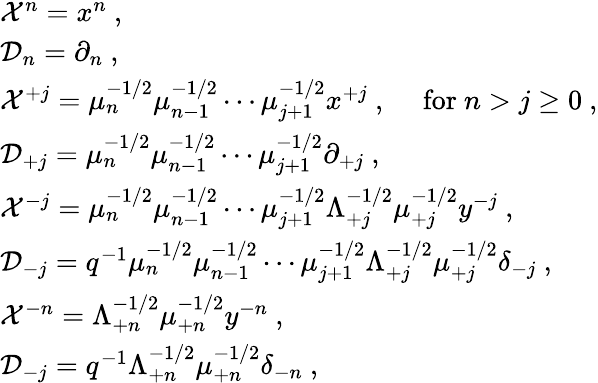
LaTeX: \begin{array}{l}{{{\cal X}^{n}=x^{n}~,}}\\ {{{\cal D}_{n}=\partial_{n}~,}}\\ {{{\cal X}^{+j}=\mu_{n}^{-1/2}\mu_{n-1}^{-1/2}\cdots\mu_{j+1}^{-1/2}x^{+j}~,~~~~~\mathrm{for}~n>j\geq 0~,}}\\ {{{\cal D}_{+j}=\mu_{n}^{-1/2}\mu_{n-1}^{-1/2}\cdots\mu_{j+1}^{-1/2}\partial_{+j}~,}}\\ {{{\cal X}^{-j}=\mu_{n}^{-1/2}\mu_{n-1}^{-1/2}\cdots\mu_{j+1}^{-1/2}\Lambda_{+j}^{-1/2}\mu_{+j}^{-1/2}y^{-j}~,}}\\ {{{\cal D}_{-j}=q^{-1}\mu_{n}^{-1/2}\mu_{n-1}^{-1/2}\cdots\mu_{j+1}^{-1/2}\Lambda_{+j}^{-1/2}\mu_{+j}^{-1/2}\delta_{-j}~,}}\\ {{{\cal X}^{-n}=\Lambda_{+n}^{-1/2}\mu_{+n}^{-1/2}y^{-n}~,}}\\ {{{\cal D}_{-j}=q^{-1}\Lambda_{+n}^{-1/2}\mu_{+n}^{-1/2}\delta_{-n}~,}}\end{array}